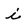
Character: i